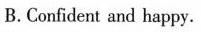
B.Confident and happy.